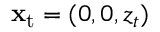
{ \bf x } _ { \mathrm { t } } = ( 0 , 0 , z _ { t } )